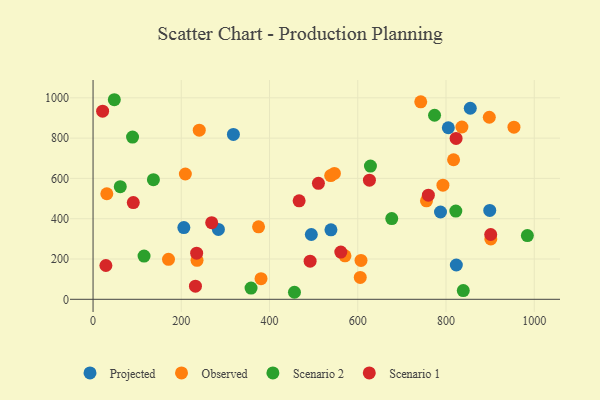
{"axis": {"x": "Investment", "y": "Rating"}, "legend": ["Observed", "Projected", "Scenario 1", "Scenario 2"], "data": [{"x": "823.4", "y": 170.3, "type": "Projected"}, {"x": "539.2", "y": 345.0, "type": "Projected"}, {"x": "899.1", "y": 440.9, "type": "Projected"}, {"x": "205.8", "y": 356.0, "type": "Projected"}, {"x": "494.7", "y": 321.6, "type": "Projected"}, {"x": "787.5", "y": 433.3, "type": "Projected"}, {"x": "855.0", "y": 948.3, "type": "Projected"}, {"x": "805.2", "y": 851.4, "type": "Projected"}, {"x": "284.1", "y": 346.9, "type": "Projected"}, {"x": "318.1", "y": 818.4, "type": "Projected"}, {"x": "755.7", "y": 488.6, "type": "Observed"}, {"x": "380.7", "y": 102.2, "type": "Observed"}, {"x": "171.0", "y": 198.3, "type": "Observed"}, {"x": "538.6", "y": 613.9, "type": "Observed"}, {"x": "375.1", "y": 359.5, "type": "Observed"}, {"x": "898.1", "y": 903.5, "type": "Observed"}, {"x": "235.7", "y": 193.7, "type": "Observed"}, {"x": "209.2", "y": 621.9, "type": "Observed"}, {"x": "954.0", "y": 854.5, "type": "Observed"}, {"x": "742.7", "y": 980.0, "type": "Observed"}, {"x": "836.0", "y": 855.2, "type": "Observed"}, {"x": "547.0", "y": 624.6, "type": "Observed"}, {"x": "817.1", "y": 692.7, "type": "Observed"}, {"x": "31.2", "y": 523.8, "type": "Observed"}, {"x": "607.3", "y": 193.1, "type": "Observed"}, {"x": "240.7", "y": 839.4, "type": "Observed"}, {"x": "571.0", "y": 215.9, "type": "Observed"}, {"x": "793.0", "y": 566.6, "type": "Observed"}, {"x": "605.6", "y": 108.4, "type": "Observed"}, {"x": "901.5", "y": 299.5, "type": "Observed"}, {"x": "628.7", "y": 661.1, "type": "Scenario 2"}, {"x": "89.5", "y": 805.3, "type": "Scenario 2"}, {"x": "358.1", "y": 55.9, "type": "Scenario 2"}, {"x": "456.5", "y": 34.9, "type": "Scenario 2"}, {"x": "115.6", "y": 214.7, "type": "Scenario 2"}, {"x": "136.8", "y": 593.6, "type": "Scenario 2"}, {"x": "774.0", "y": 913.4, "type": "Scenario 2"}, {"x": "48.2", "y": 990.5, "type": "Scenario 2"}, {"x": "822.2", "y": 437.8, "type": "Scenario 2"}, {"x": "839.1", "y": 43.3, "type": "Scenario 2"}, {"x": "677.0", "y": 400.5, "type": "Scenario 2"}, {"x": "61.7", "y": 558.8, "type": "Scenario 2"}, {"x": "984.4", "y": 316.2, "type": "Scenario 2"}, {"x": "822.8", "y": 798.6, "type": "Scenario 1"}, {"x": "467.1", "y": 488.9, "type": "Scenario 1"}, {"x": "91.2", "y": 480.1, "type": "Scenario 1"}, {"x": "561.5", "y": 234.3, "type": "Scenario 1"}, {"x": "234.8", "y": 229.0, "type": "Scenario 1"}, {"x": "760.0", "y": 516.9, "type": "Scenario 1"}, {"x": "492.0", "y": 189.1, "type": "Scenario 1"}, {"x": "29.1", "y": 167.7, "type": "Scenario 1"}, {"x": "510.8", "y": 575.7, "type": "Scenario 1"}, {"x": "268.9", "y": 380.3, "type": "Scenario 1"}, {"x": "901.3", "y": 321.6, "type": "Scenario 1"}, {"x": "626.4", "y": 591.1, "type": "Scenario 1"}, {"x": "21.7", "y": 933.8, "type": "Scenario 1"}, {"x": "232.1", "y": 65.0, "type": "Scenario 1"}]}